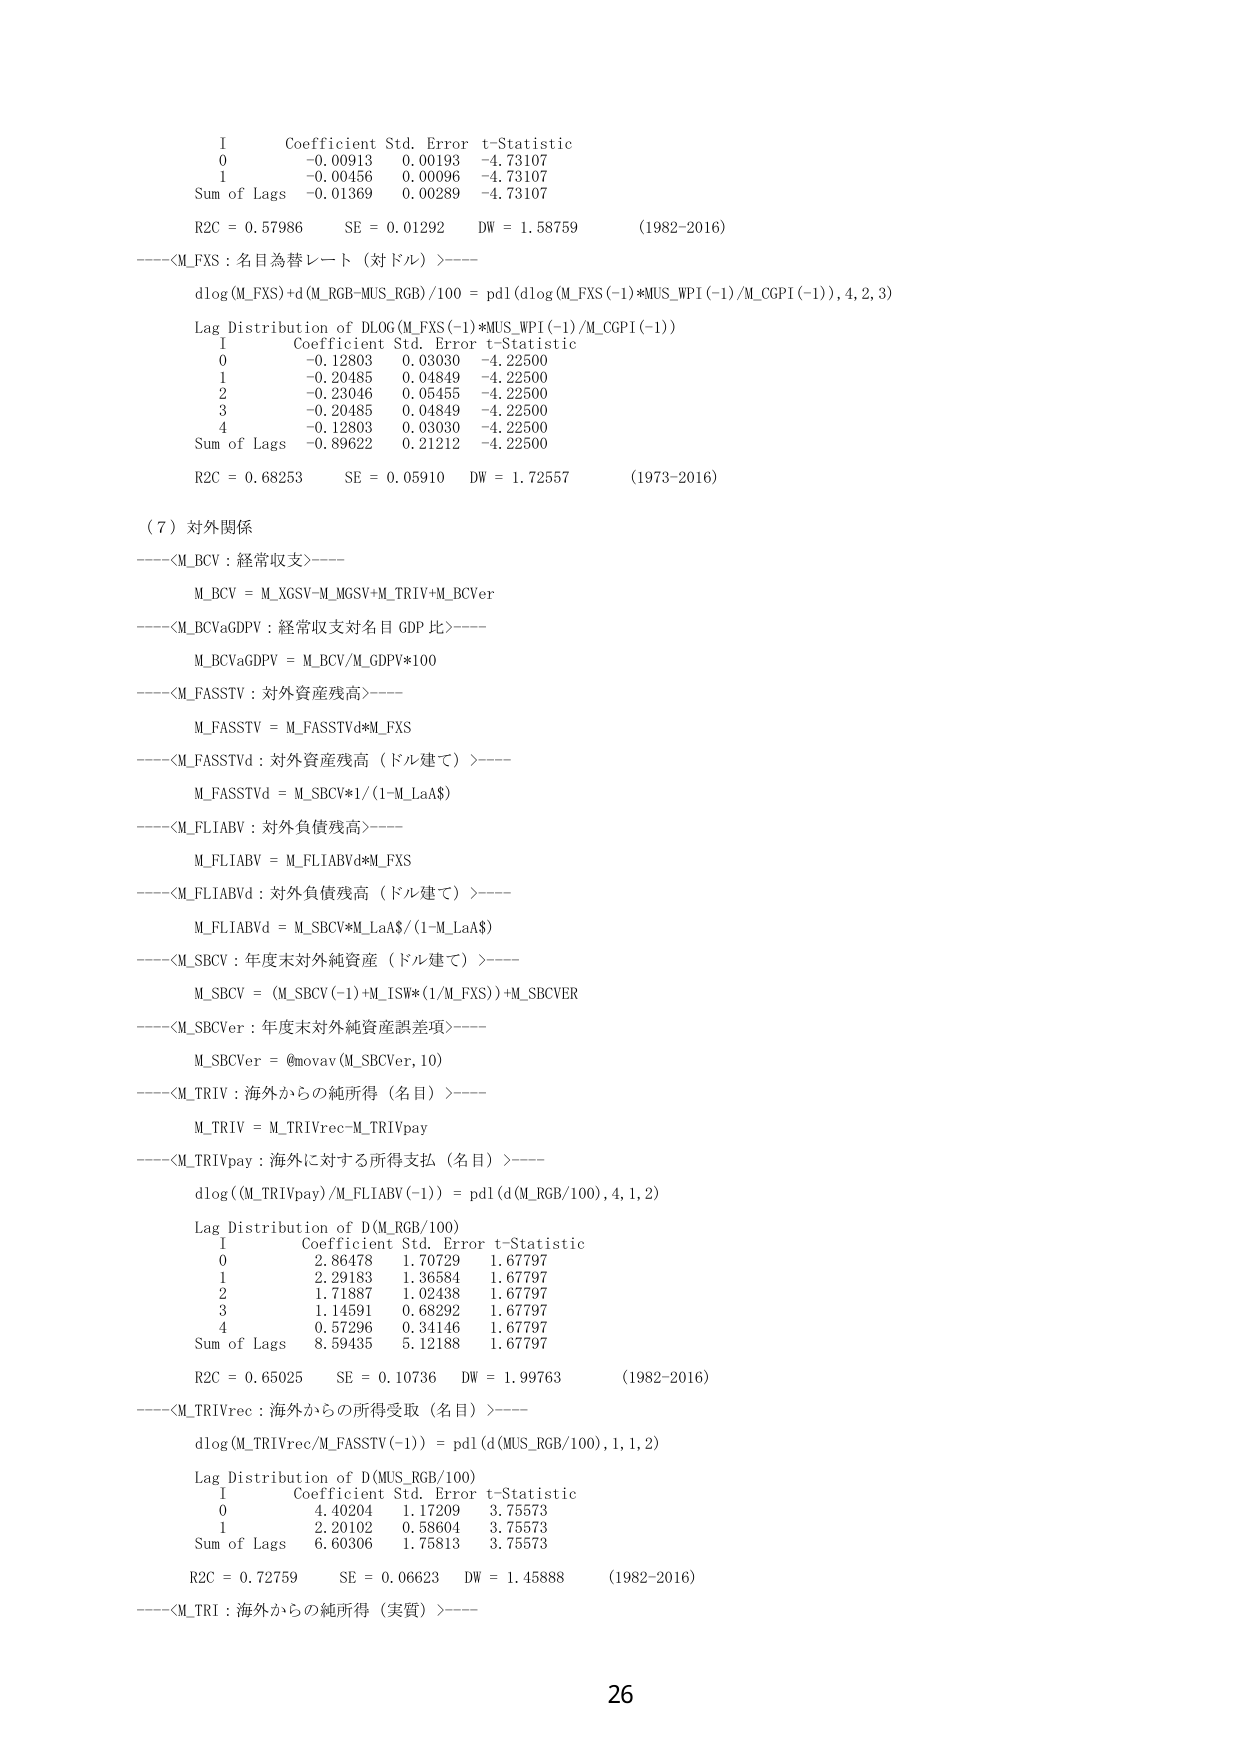
I    Coefficient  Std. Error  t-Statistic
0    -0.00913     0.00193     -4.73107
1    -0.00456     0.00096     -4.73107
Sum of Lags  -0.01369     0.00289     -4.73107
R2C = 0.57986    SE = 0.01292    DW = 1.58759    (1982-2016)
----<M_FXS : 名目為替レート（対ドル）>----
dlog(M_FXS)+d(M_RGB-MUS_RGB)/100 = pdl(dlog(M_FXS(-1)*MUS_WPI(-1)/M.CGPI(-1)),4,2,3)
Lag Distribution of DLOG(M_FXS(-1)*MUS_WPI(-1)/M.CGPI(-1))
I    Coefficient  Std. Error  t-Statistic
0    -0.12803     0.03030     -4.22500
1    -0.20485     0.04849     -4.22500
2    -0.23046     0.05455     -4.22500
3    -0.20485     0.04849     -4.22500
4    -0.12803     0.03030     -4.22500
Sum of Lags  -0.89622     0.21212     -4.22500
R2C = 0.68253    SE = 0.05910    DW = 1.72557    (1973-2016)
（7）対外関係
----<M_BCV : 経常収支>----
M_BCV = M_XGSV-M_MGSV+M_TRIV+M_BCVer
----<M_BCVaGDPV : 経常収支対名目GDP比>----
M_BCVaGDPV = M_BCV/M_GDPV*100
----<M_FASSTV : 対外資産残高>----
M_FASSTV = M_FASSTVd*M_FXS
----<M_FASSTVd : 対外資産残高（ドル建て）>----
M_FASSTVd = M_SBCV*1/(1-M_LaA$)
----<M_FLIABV : 対外負債残高>----
M_FLIABV = M_FLIABVd*M_FXS
----<M_FLIABVd : 対外負債残高（ドル建て）>----
M_FLIABVd = M_SBCV*M_LaA$/(1-M_LaA$)
----<M_SBCV : 年度末対外純資産（ドル建て）>----
M_SBCV = (M_SBCV(-1)+M_ISW*(1/M_FXS))+M_SBCVer
----<M_SBCVer : 年度末対外純資産誤差項>----
M_SBCVer = @movav(M_SBCVer,10)
----<M_TRIV : 海外からの純所得（名目）>----
M_TRIV = M_TRIVrec-M_TRIVpay
----<M_TRIVpay : 海外に対する所得支払（名目）>----
dlog(M_TRIVpay)/M_FLIABV(-1)) = pdl(d(M_RGB/100),4,1,2)
Lag Distribution of D(M_RGB/100)
I    Coefficient  Std. Error  t-Statistic
0    2.86478      1.70729     1.67797
1    2.29183      1.36584     1.67797
2    1.71887      1.02438     1.67797
3    1.14591      0.68292     1.67797
4    0.57296      0.34146     1.67797
Sum of Lags  8.59435      5.12188     1.67797
R2C = 0.65025    SE = 0.10736    DW = 1.99763    (1982-2016)
----<M_TRIVrec : 海外からの所得受取（名目）>----
dlog(M_TRIVrec/M_FASSTV(-1)) = pdl(d(MUS_RGB/100),1,1,2)
Lag Distribution of D(MUS_RGB/100)
I    Coefficient  Std. Error  t-Statistic
0    4.40204      1.17209     3.75573
1    2.20102      0.58604     3.75573
Sum of Lags  6.60306      1.75813     3.75573
R2C = 0.72759    SE = 0.06623    DW = 1.45888    (1982-2016)
----<M_TRI : 海外からの純所得（実質）>----
26